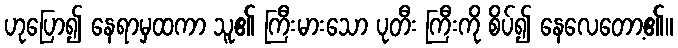
ဟုပြော၍ နေရာမှထကာ သူ၏ ကြီးမားသော ပုတီး ကြီးကို စိပ်၍ နေလေတော့၏။